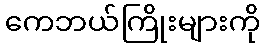
ကေဘယ်ကြိုးများကို